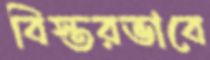
বিস্তরভাবে